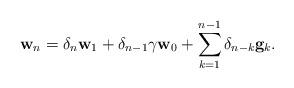
LaTeX: \begin{align*}\mathbf{w}_{n}=\delta_{n}\mathbf{w}_1+\delta_{n-1}\gamma\mathbf{w}_0+\sum_{k=1}^{n-1}\delta_{n-k}\mathbf{g}_{k}.\end{align*}